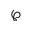
\wp